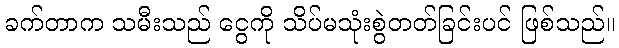
ခက်တာက သမီးသည် ငွေကို သိပ်မသုံးစွဲတတ်ခြင်းပင် ဖြစ်သည်။